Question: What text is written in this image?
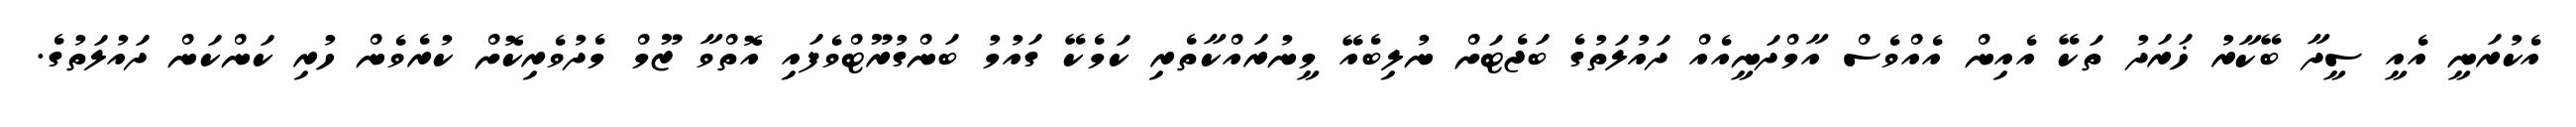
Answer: އެކުރަނީ އެއީ ސީދާ ބޭކާރު ޚަރަދު ތަކޭ އެއިން އެއްވެސް އާމްދަނީއެއް ދައުލަތުގެ ބަޖެޓަށް ނުލިބެއޭ މީނުރައްކާތެރި ކަމެކޭ ގައުމު ބަންގުރޫޓްވެފައި އޮތްވާ ޒޫމް މެދުވެރިކޮށް ކުރެވެން ހުރި ކަންކަން ދައުލަތުގެ.